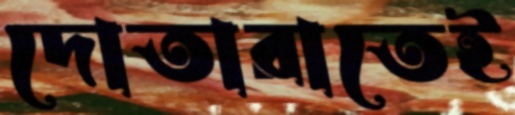
দোতারাতেই